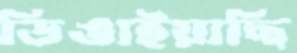
ডিঙাইয়াছি